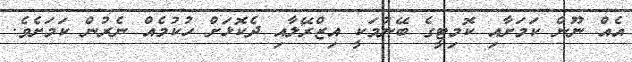
އެއް ނޫން ކަމަށާއި ކޮމިޓީގެ ބޭނުމަކީ އިޒްރޭލާއި ދެކޮޅަށް ހުކުމެއް ނެރުން ކަމަށެވެ.